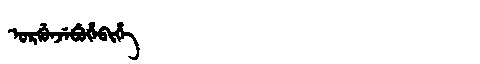
Manchu: ᡠᡵᡤᡠᠨᠵᡝᠪᡠᡥᡝᠪᡳᡥᡝ
Romanization: URGUNJEBUHEBIHE